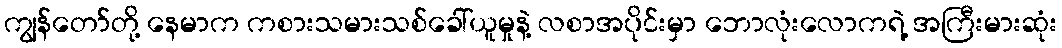
ကျွန်တော်တို့ နေမာက ကစားသမားသစ်ခေါ်ယူမှုနဲ့ လစာအပိုင်းမှာ ဘောလုံးလောကရဲ့ အကြီးမားဆုံး